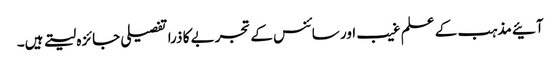
آئیے مذہب کے علم غیب اور سائنس کے تجربے کا ذرا تفصیلی جائزہ لیتے ہیں۔